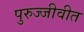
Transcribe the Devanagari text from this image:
पुरुज्जीवीत